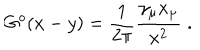
LaTeX: G ^ { o } ( x - y ) = \frac { 1 } { 2 \pi } \frac { \gamma _ { \mu } x _ { \mu } } { x ^ { 2 } } \; .